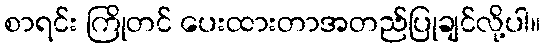
စာရင်း ကြိုတင် ပေးထားတာအတည်ပြုချင်လို့ပါ။